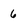
Character: 6